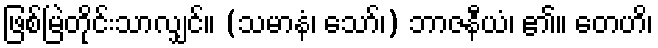
ဖြစ်မြဲတိုင်းသာလျှင်။ (သမာနံ၊ သော်၊) ဘာဇနီယံ၊ ၏။ တေဟိ၊